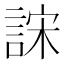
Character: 𰴺